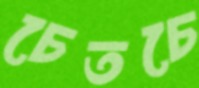
চেতচে